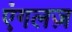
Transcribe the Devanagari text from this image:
एंगलज़